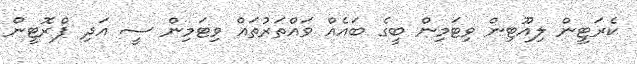
ކެރަޓީން ލިއޫޓިން ވިޓަމިން ބީގެ ބައެއް ވައްތަރުތައް ވިޓަމިން ސީ އަދި ޕްރޮޓީން